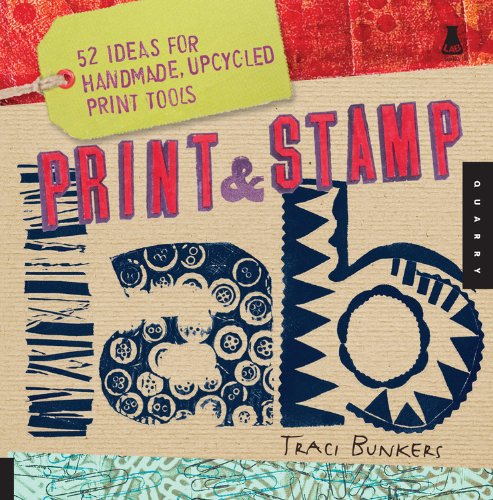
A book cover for Print & Stamp Lab: 52 Ideas for Handmade, Upcycled Print Tools (Lab Series); Traci Bunkers; Arts & Photography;